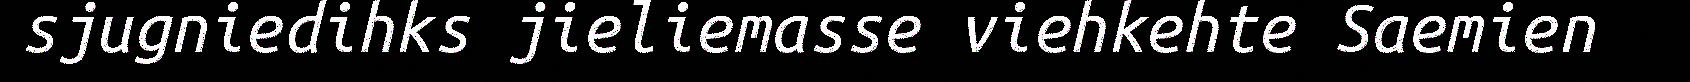
sjugniedihks jieliemasse viehkehte Saemien